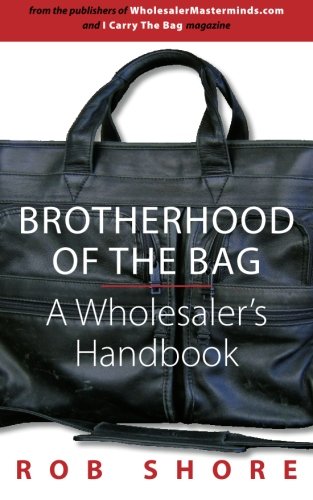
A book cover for Brotherhood of the Bag, A Wholesaler's Handbook; Rob Shore; Business & Money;